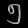
Digit: ၅